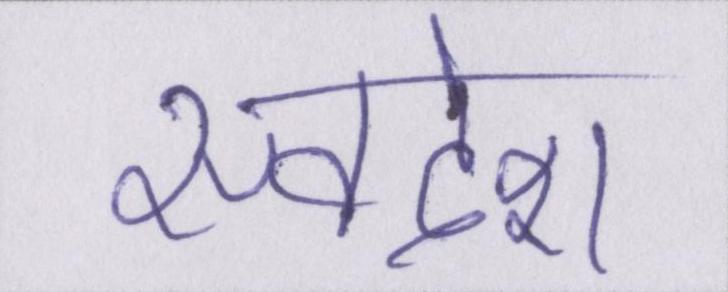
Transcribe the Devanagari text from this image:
स्वदेश